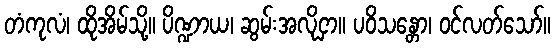
တံကုလံ၊ ထိုအိမ်သို့။ ပိဏ္ဍာယ၊ ဆွမ်းအလိုငှာ။ ပဝိသန္တော၊ ဝင်လတ်သော်။